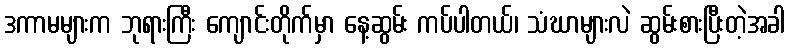
ဒကာမများက ဘုရားကြီး ကျောင်းတိုက်မှာ နေ့ဆွမ်း ကပ်ပါတယ်၊ သံဃာများလဲ ဆွမ်းစားပြီးတဲ့အခါ